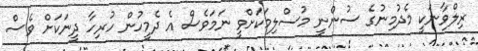
ރިލްވާނަކީ މެދުމިނުގެ ސުންނީ މުސްލިމަކަށްވީ ނަމަވެސް އެ ދެމީހުން ހުރިހާ ދީނަކަށް ވެސް